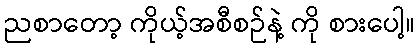
ညစာတော့ ကိုယ့်အစီစဉ်နဲ့ ကို စားပေါ့။